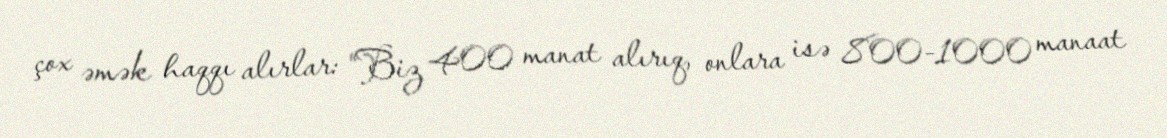
çox əmək haqqı alırlar: “Biz 400 manat alırıq, onlara isə 800-1000 manaat